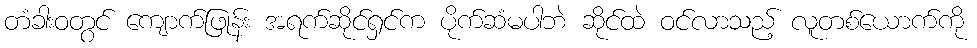
တံခါးဝတွင် ကျောက်ဖြုန်း အရက်ဆိုင်ရှင်က ပိုက်ဆံမပါဘဲ ဆိုင်ထဲ ဝင်လာသည့် လူတစ်ယောက်ကို